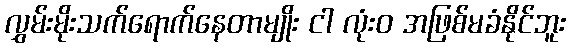
လွှမ်းမိုးသက်ရောက်နေတာမျိုး ငါ လုံးဝ အဖြစ်မခံနိုင်ဘူး